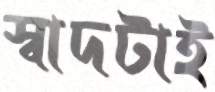
স্বাদটাই